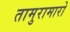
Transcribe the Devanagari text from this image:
तामुरामारो